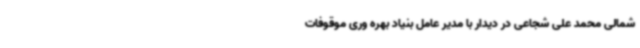
شمالی محمد علی شجاعی در دیدار با مدیر عامل بنیاد بهره وری موقوفات